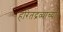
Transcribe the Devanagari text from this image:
हरितद्रव्याच्या